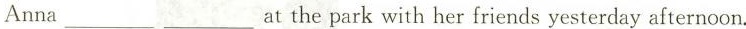
Anna ___ ___ at the park with her friends yesterday afternoon.